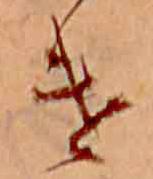
け